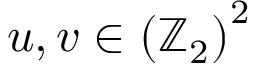
u , v \in \left( \mathbb { Z } _ { 2 } \right) ^ { 2 }